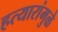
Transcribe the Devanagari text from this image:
हत्यारांमुळे